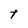
Character: t